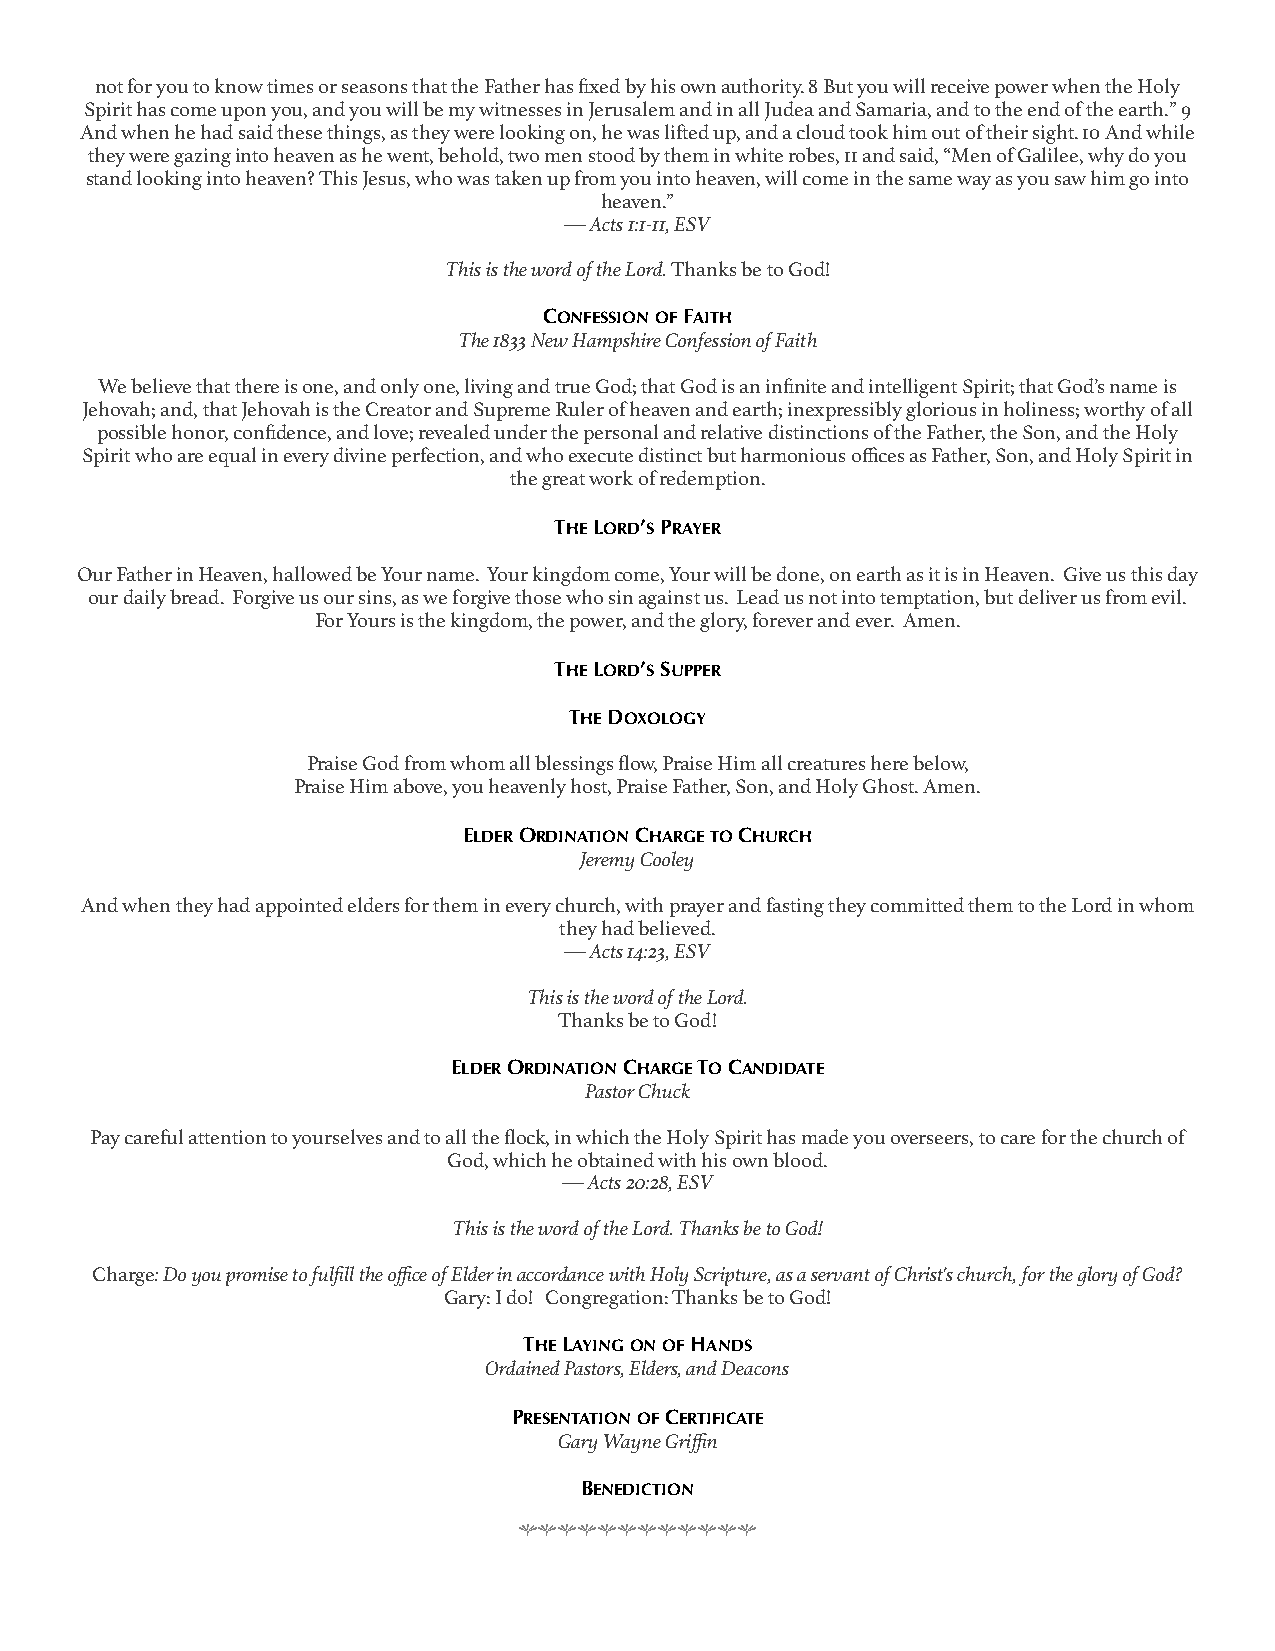
not for you to know times or seasons that the Father has fixed by his own authority. 8 But you will receive power when the Holy
 Spirit has come upon you, and you will be my witnesses in Jerusalem and in all Judea and Samaria, and to the end of the earth.” 9
 And when he had said these things, as they were looking on, he was lifted up, and a cloud took him out of their sight. 10 And while
 they were gazing into heaven as he went, behold, two men stood by them in white robes, 11 and said, “Men of Galilee, why do you
 stand looking into heaven? This Jesus, who was taken up from you into heaven, will come in the same way as you saw him go into
 heaven.”
 — Acts 1:1-11, ESV
 This is the word of the Lord. Thanks be to God!
 CONFESSION OF FAITH
 The 1833 New Hampshire Confession of Faith
 We believe that there is one, and only one, living and true God; that God is an infinite and intelligent Spirit; that God’s name is
 Jehovah; and, that Jehovah is the Creator and Supreme Ruler of heaven and earth; inexpressibly glorious in holiness; worthy of all
 possible honor, confidence, and love; revealed under the personal and relative distinctions of the Father, the Son, and the Holy
 Spirit who are equal in every divine perfection, and who execute distinct but harmonious offices as Father, Son, and Holy Spirit in
 the great work of redemption.
 THE LORD’S PRAYER
 Our Father in Heaven, hallowed be Your name. Your kingdom come, Your will be done, on earth as it is in Heaven. Give us this day
 our daily bread. Forgive us our sins, as we forgive those who sin against us. Lead us not into temptation, but deliver us from evil.
 For Yours is the kingdom, the power, and the glory, forever and ever. Amen.
 THE LORD’S SUPPER
 THE DOXOLOGY
 Praise God from whom all blessings flow, Praise Him all creatures here below,
 Praise Him above, you heavenly host, Praise Father, Son, and Holy Ghost. Amen.
 ELDER ORDINATION CHARGE TO CHURCH
 Jeremy Cooley
 And when they had appointed elders for them in every church, with prayer and fasting they committed them to the Lord in whom
 they had believed.
 — Acts 14:23, ESV
 This is the word of the Lord.
 Thanks be to God!
 ELDER ORDINATION CHARGE TO CANDIDATE
 Pastor Chuck
 Pay careful attention to yourselves and to all the flock, in which the Holy Spirit has made you overseers, to care for the church of
 God, which he obtained with his own blood.
 — Acts 20:28, ESV
 This is the word of the Lord. Thanks be to God!
 Charge: Do you promise to fulfill the office of Elder in accordance with Holy Scripture, as a servant of Christ's church, for the glory of God?
 Gary: I do! Congregation: Thanks be to God!
 THE LAYING ON OF HANDS
 Ordained Pastors, Elders, and Deacons
 PRESENTATION OF CERTIFICATE
 Gary Wayne Griffin
 BENEDICTION
 hhhhhhhhhhhh